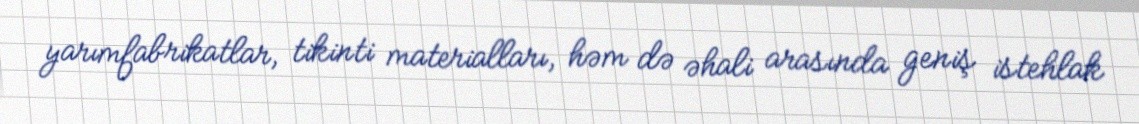
yarımfabrikatlar, tikinti materialları, həm də əhali arasında geniş istehlak